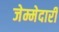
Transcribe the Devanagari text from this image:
जेम्मेदारी